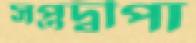
সপ্তদ্বীপা